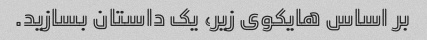
بر اساس هایکوی زیر، یک داستان بسازید.